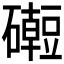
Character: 𥗅